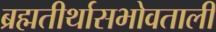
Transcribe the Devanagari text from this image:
ब्रह्मतीर्थासभोवताली